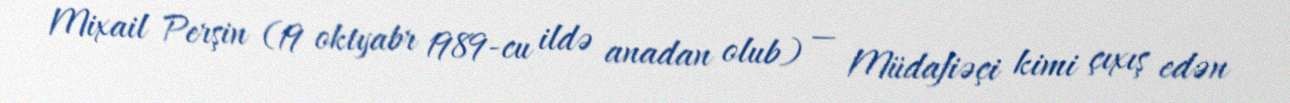
Mixail Perşin (19 oktyabr 1989-cu ildə anadan olub) — Müdafiəçi kimi çıxış edən